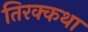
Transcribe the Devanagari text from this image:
तिरक्कथा